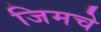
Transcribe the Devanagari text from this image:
जिमचे